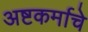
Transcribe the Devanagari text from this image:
अष्टकर्माचे